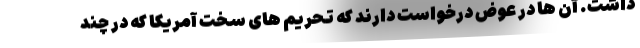
داشت. آن ها در عوض درخواست دارند که تحریم های سخت آمریکا که در چند